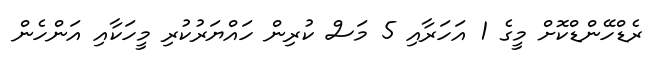
ރެޑްހޭންޑްކޮށް މީގެ 1 އަހަރާއި 5 މަސް ކުރިން ހައްޔަރުކުރި މީހަކާއި އަންހެން